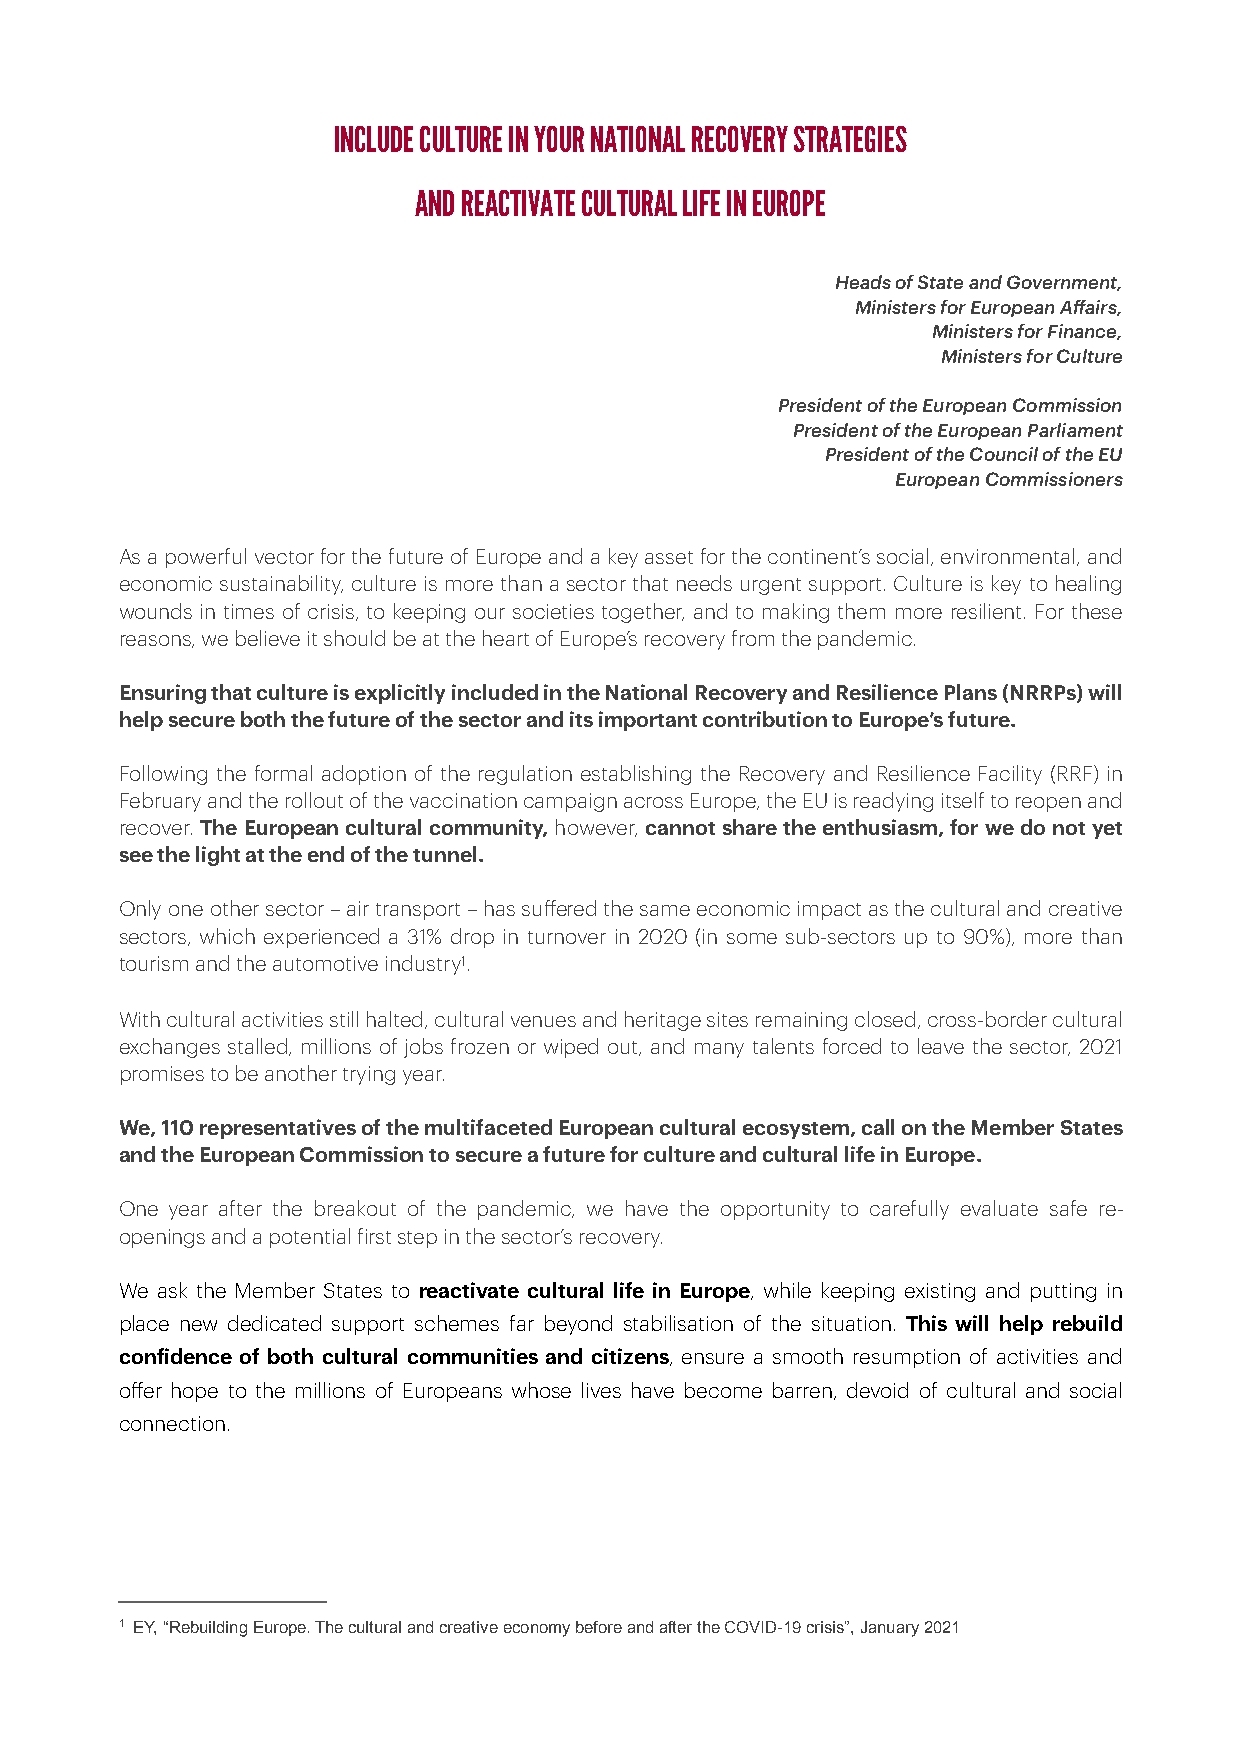
INCLUDE CULTURE IN YOUR NATIONAL RECOVERY STRATEGIES
 AND REACTIVATE CULTURAL LIFE IN EUROPE
 Heads of State and Government,
 Ministers for European Affairs,
 Ministers for Finance,
 Ministers for Culture
 President of the European Commission
 President of the European Parliament
 President of the Council of the EU
 European Commissioners
 As a powerful vector for the future of Europe and a key asset for the continent’s social, environmental, and
 economic sustainability, culture is more than a sector that needs urgent support. Culture is key to healing
 wounds in times of crisis, to keeping our societies together, and to making them more resilient. For these
 reasons, we believe it should be at the heart of Europe’s recovery from the pandemic.
 Ensuring that culture is explicitly included in the National Recovery and Resilience Plans (NRRPs) will
 help secure both the future of the sector and its important contribution to Europe’s future.
 Following the formal adoption of the regulation establishing the Recovery and Resilience Facility (RRF) in
 February and the rollout of the vaccination campaign across Europe, the EU is readying itself to reopen and
 recover. The European cultural community, however, cannot share the enthusiasm, for we do not yet
 see the light at the end of the tunnel.
 Only one other sector – air transport – has suffered the same economic impact as the cultural and creative
 sectors, which experienced a 31% drop in turnover in 2020 (in some sub-sectors up to 90%), more than
 tourism and the automotive industry1.
 With cultural activities still halted, cultural venues and heritage sites remaining closed, cross-border cultural
 exchanges stalled, millions of jobs frozen or wiped out, and many talents forced to leave the sector, 2021
 promises to be another trying year.
 We, 110 representatives of the multifaceted European cultural ecosystem, call on the Member States
 and the European Commission to secure a future for culture and cultural life in Europe.
 One year after the breakout of the pandemic, we have the opportunity to carefully evaluate safe re-
 openings and a potential first step in the sector’s recovery.
 We ask the Member States to reactivate cultural life in Europe, while keeping existing and putting in
 place new dedicated support schemes far beyond stabilisation of the situation. This will help rebuild
 confidence of both cultural communities and citizens, ensure a smooth resumption of activities and
 offer hope to the millions of Europeans whose lives have become barren, devoid of cultural and social
 connection.
 1 EY, “Rebuilding Europe. The cultural and creative economy before and after the COVID-19 crisis”, January 2021